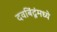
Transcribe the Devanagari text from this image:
दवबिंदूंमध्ये